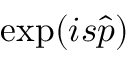
\mathrm { e x p } ( i s { \hat { p } } )